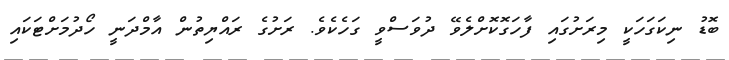
ބޮޑު ނިކަގަހަކީ މިރަށުގައި ފާހަގޮކޮށްލެވޭ ދުވަސްވީ ގަހެކެވެ. ރަށުގެ ރައްޔިތުން އާމްދަނީ ހޯދުމަށްޓަކައި